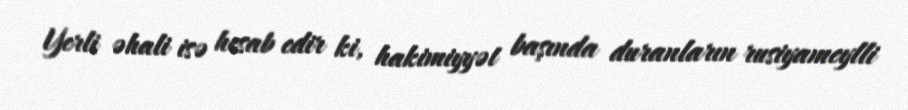
Yerli əhali isə hesab edir ki, hakimiyyət başında duranların rusiyameylli